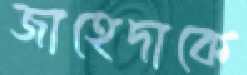
জাহেদাকে